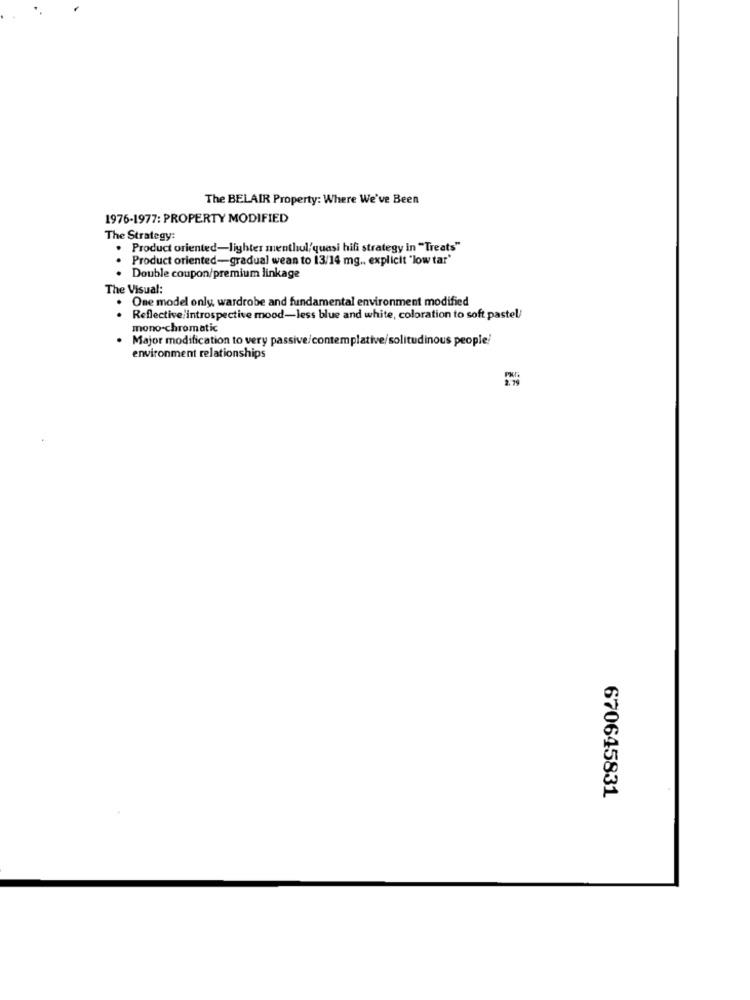
The BELAIR Property: Where We've Been
1976-1977: PROPERTY MODIFIED
The Strategy:
Product oriented-lighter menthol/quasi hifi strategy in "Treats"
Product oriented-gradual wean to 13/14 mg ., explicit "low tar'
. Double coupon/premium linkage
The Visual:
One model only, wardrobe and fundamental environment modified
..
Reflective introspective mood-less blue and white, coloration to soft pastel/
mono chromatic
Major modification to very passive/contemplative/solitudinous people!
environment relationships
670645831